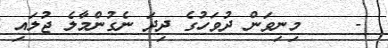
-    މިނިވަން ދުވަހުގެ ދިދަ ނެގުންމާލެ ޖުލައި